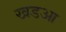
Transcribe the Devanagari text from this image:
खडआ